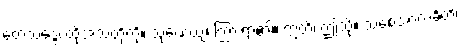
တေသဒ္ဒေ၊ ထိုအသံတို့ကို။ သုဏေယျ၊ ကြားရာ၏။ ဣတိ၊ ဤသို့။ သစေအာကင်္ခတိ၊